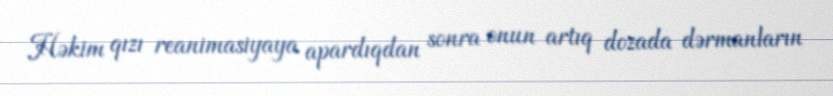
Həkim qızı reanimasiyaya apardıqdan sonra onun artıq dozada dərmanların